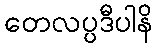
တေလပ္ပဒီပါနိ